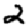
Digit: 2